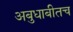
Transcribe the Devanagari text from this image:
अबुधाबीतच